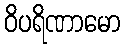
ဝိပရိဏာမော